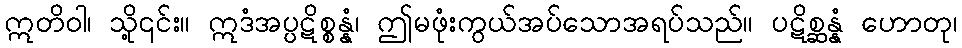
ဣတိဝါ၊ သို့၎င်း။ ဣဒံအပ္ပဋိစ္စန္နံ၊ ဤမဖုံးကွယ်အပ်သောအရပ်သည်။ ပဋိစ္ဆန္နံ ဟောတု၊